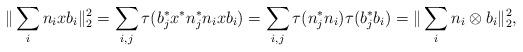
LaTeX: \begin{align*}\Vert \sum_{i} n_i x b_i \Vert_2^2 =\sum_{i, j} \tau( b_j^\ast x^\ast n_j^\ast n_i x b_i )= \sum_{i,j} \tau(n_j^\ast n_i) \tau( b_j^\ast b_i ) = \Vert \sum_i n_i \otimes b_i \Vert_2^2,\end{align*}